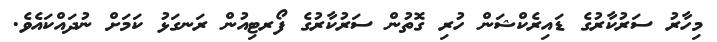
މިހާރު ސަރުކާރުގެ ޑައިރެކްޝަން ހުރި ގޮތުން ސަރުކާރުގެ ފޯރޓިއުން ރަނގަޅު ކަމަށް ނުދައްކައެވެ.